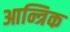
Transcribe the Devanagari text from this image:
आन्त्रिक